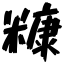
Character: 糠